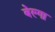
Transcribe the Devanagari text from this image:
बेल्गा